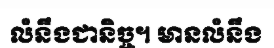
លំនឹងជានិច្ច។ មានលំនឹង